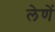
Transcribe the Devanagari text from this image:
लेणें